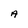
Character: A